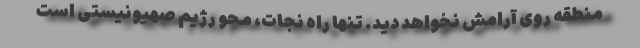
منطقه روی آرامش نخواهد دید. تنها راه نجات، محو رژیم صهیونیستی است